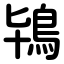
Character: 鴇